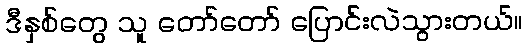
ဒီနှစ်တွေ သူ တော်တော် ပြောင်းလဲသွားတယ်။